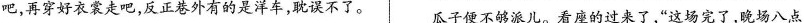
吧，再穿好衣裳走吧，反正巷外有的是洋车，耽误不了。瓜子便不够浪儿。看座的过来了，”这场完了，晚场八点二姥姥给车价还按着老规矩，多一个铜子不给。这几年了，她不大出门，所以现在拉车的三毛两毛向她要，才开呢。”不是车价高了，是欺侮她年老走不动。她偏要走一个给只好走吧。一直到二姥姥睡了觉，二姐才想起问：”有声电影到底怎么说来着?”三舅妈想了想：”管它呢，他们瞧瞧s她确是有志向前迈步，不过脚是向前向后，连反正我没听见。”还是四姨细心，说看见一个洋鬼子吸地自己也不准知道。四姨倒是能走，可惜为看电影特意烟，还从鼻子里冒烟呢，”鼻子冒烟，和真的一样，你就换上高底鞋，似乎非扶着点什么不敢抬脚，她过去搀着二姥姥。要是跌倒的话，这二位一定是一齐倒下。说！”大家都赞叹不已。(有删改)三点一刻到了电影院，电影已经开映。这当然是电(1)下列对小说相关内容和艺术特色的分析鉴赏，不正影院不对；二姐实在觉得有骂一顿街的必要，可是没骂出来，她有时候也很能”文明”一气。确的一项是()既来之则安之，打了票。一进门，小顺便不干了，黑A.小说塑造了市井妇女的群像，同时对其中人物也分的地方有红眼鬼，无论如何不能进去。二姥姥一看里面别做了较为精细的刻画，如”外场”人二姐”特意换上黑洞洞，以为天已经黑了，想起来睡觉的舒服；她主张带高底鞋”的四姨”不大出门”的二姥姥。小顺回家。谁不知道二姥姥已经是土埋了半截的人，不B.在公共场所电影院观看具有私密性的”电人巨吻”并看回有声电影，将来见阎王的时候要是盘问这一层呢?发狂鼓掌，或是在这一场合大谈家事而心安理得，都大家开了家庭会议。不行，二姥姥是不能走的。至于小是作者眼中当时社会生活的怪现象。顺，买几块糖好了，吃糖自然便看不见红眼鬼了。事情便C.小说开头部分写二姐等人对有声电影无知，结尾写大这样解决了。四姨搀着二姥姥，三舅妈拉着小顺，二姐招家对有声电影”赞叹不已”，较为完整地描写了普通市民令人啼笑皆非的思想意识转变过程。D.小说标题为”有声电影”，既是指有声电影这一新奇事物，也可指二姐等人在电影院里一系列”有声”的喧哗表现，可谓一语双关。(2)请结合二姐等人看有声电影的经过，简要分析小说所揭示的市民面对新奇事物的具体心态。(3)小说运用多种手法以取得语言的幽默效果，请从文中举出三处手法不同的例子，并简要分析。